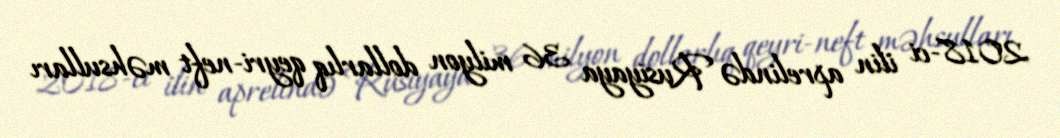
2018-ci ilin aprelində Rusiyaya 36 milyon dollarlıq qeyri-neft məhsulları